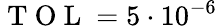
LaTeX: \mathrm{~T~O~L~}=5\cdot 10^{-6}